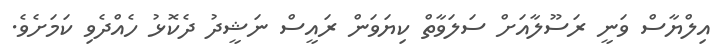
އިލްޔާސް ވަނީ ރަސޫލާއަށް ސަލަވާތް ކިޔަވަން ރައީސް ނަޝީދު ދެކޮޅު ހެެއްދެވި ކަމަށެވެ.